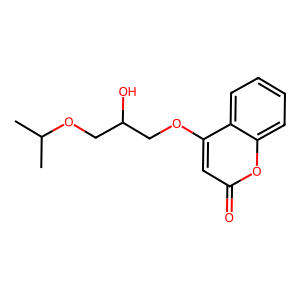
SMILES: CC(C)OCC(O)COc1cc(=O)oc2ccccc12
Inhibits HIV replication: No